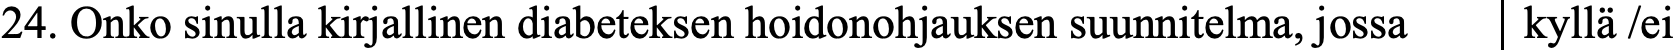
24. Onko sinulla kirjallinen diabeteksen hoidonohjauksen suunnitelma, jossa kyllä /ei